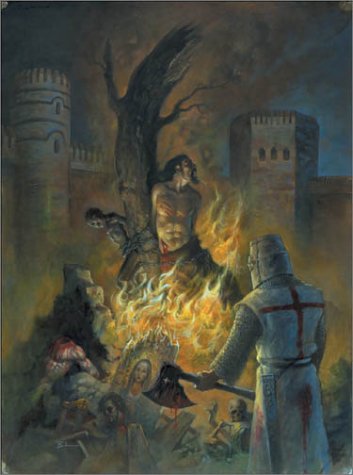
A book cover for Bitter Crusade: A Chronicle for Vampire, The Dark Ages; Zach Bush; Science Fiction & Fantasy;